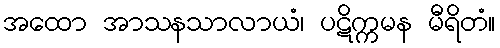
အထော အာသနသာလာယံ၊ ပဋိက္ကမန မီရိတံ။